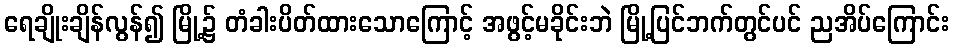
ရေချိုးချိန်လွန်၍ မြို့၌ တံခါးပိတ်ထားသောကြောင့် အဖွင့်မခိုင်းဘဲ မြို့ပြင်ဘက်တွင်ပင် ညအိပ်ကြောင်း